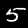
Label: 5